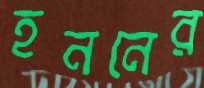
হননের